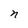
Character: n